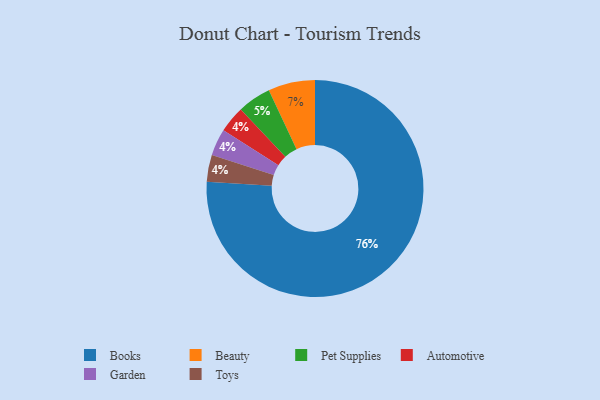
{"axis": {"x": "Category", "y": "Percentage"}, "legend": ["Automotive", "Beauty", "Books", "Garden", "Pet Supplies", "Toys"], "data": [{"x": "Beauty", "y": 7, "type": "Beauty"}, {"x": "Automotive", "y": 4, "type": "Automotive"}, {"x": "Garden", "y": 4, "type": "Garden"}, {"x": "Books", "y": 76, "type": "Books"}, {"x": "Pet Supplies", "y": 5, "type": "Pet Supplies"}, {"x": "Toys", "y": 4, "type": "Toys"}]}